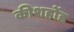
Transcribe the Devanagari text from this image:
कीशहोंड